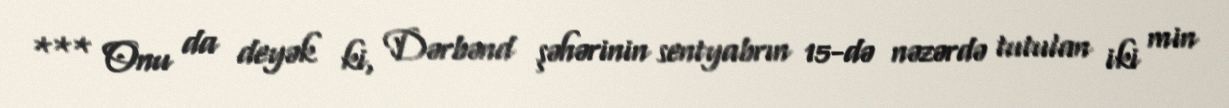
*** Onu da deyək ki, Dərbənd şəhərinin sentyabrın 15-də nəzərdə tutulan iki min